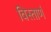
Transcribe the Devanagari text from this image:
विस्तार्ण